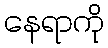
နေရာကို